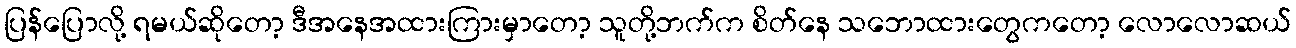
ပြန်ပြောလို့ ရမယ်ဆိုတော့ ဒီအနေအထားကြားမှာတော့ သူတို့ဘက်က စိတ်နေ သဘောထားတွေကတော့ လောလောဆယ်